system: You are a helpful assistant.
user:
Analyze the provided spectrum to determine if it is a **M-type Giant (gM)**.

A M-type Giant spectrum is defined by its **strong molecular absorption** features, particularly from **Titanium Oxide (TiO)**. You must check for one of the following mutually exclusive signatures:

- **Key Visual Indicators (Absorption-Dominated Spectrum):**

    - **(Primary):** The spectrum is dominated by strong molecular absorption from **Titanium Oxide (TiO)**. This is the **defining feature** of its M-type temperature class.
        - **(Key Bandheads):** Look for sharp, "saw-tooth" absorption valleys. The strongest are located near **~7050 Å**, **~6160 Å**, and **~5170 Å**.
        - **(Line Profile):** The "saw-tooth" morphology is critical: a **sharp, steep drop on the BLUE (short-wavelength) side** of the bandhead, followed by a gradual recovery (rising flux) towards the RED (long-wavelength) side.

    - **(Key Confirmation - Giant vs. Dwarf):** **ABSENCE** of strong **Calcium Hydride (CaH)** molecular bands. This is the primary diagnostic for *excluding* M-dwarfs.
        - **(Key Region):** The spectrum should lack the strong, broad absorption band seen in dwarfs between **~6800 Å and ~7000 Å**.

    - **(Secondary Confirmation - Giant):** A very strong and broad **Neutral Calcium (Ca I)** atomic absorption line.
        - **(Key Line):** Located at **~4226 Å**. In a giant (gM), this line is significantly deeper and broader than the same line in an M-dwarf (dM) due to low surface gravity.

    - **(Overall Spectrum):**
        - The continuum is **extremely red-sloping** (i.e., flux is very low in the blue and rises dramatically towards the red).
        - The entire spectrum appears "chopped up" by the deep TiO bands.

Think first, call **spectral_visualization_tool** if needed to examine features in detail, then provide your final answer. Your response must adhere to the following strict rules:
1.  **Overall Structure:** Your response must follow the format `<think>...</think> <tool_call>...</tool_call> (if a tool is used) <answer>...</answer>`.
2.  **Tool Usage Constraint:** You may only make **one** tool call per turn.
3.  **Final Answer Format:** In the `<answer>` tag, your conclusion must be inside a `\boxed{}` command (e.g., `\boxed{YES}` or `\boxed{NO}`), followed by your justification.

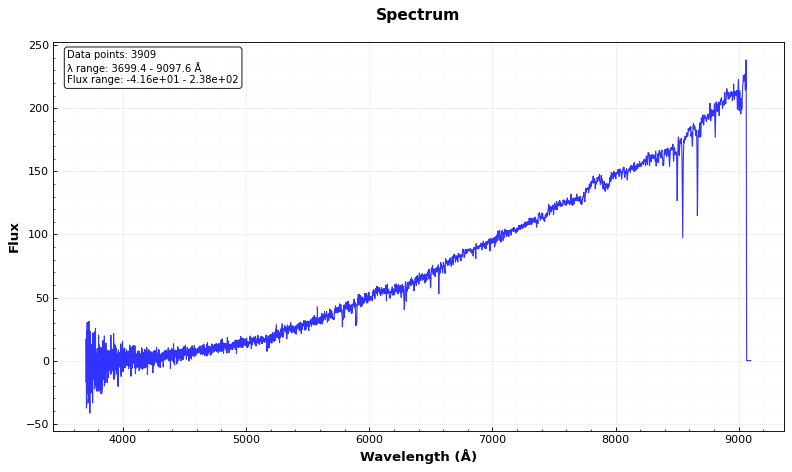
Answer: NO